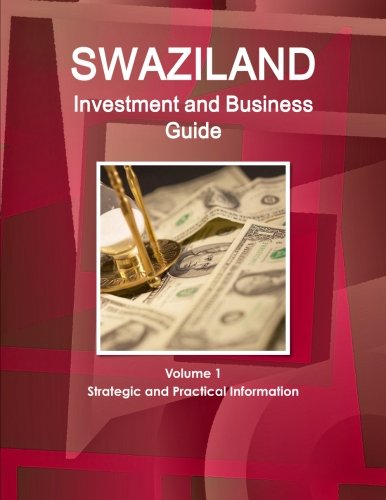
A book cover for Swaziland Investment And Business Guide; Ibp, Inc.; Travel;